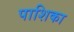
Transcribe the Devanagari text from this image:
पाशिका